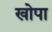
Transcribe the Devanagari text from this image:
खोपा